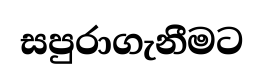
සපුරාගැනීමට